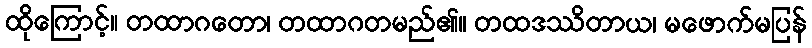
ထိုကြောင့်။ တထာဂတော၊ တထာဂတမည်၏။ တထဒဿိတာယ၊ မဖောက်မပြန်